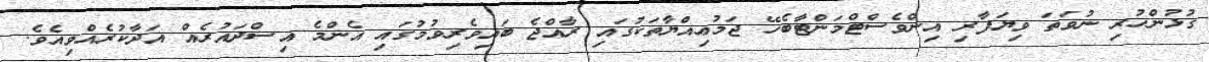
ގުޅުންހުރި ނުވަތަ ވިޔަފާރި އިންވެސްޓްމަންޓާބެހޭ ޖަމުޢިއްޔާތަކުގައި ރާއްޖެ ބައިވެރިވުމުގައި އެންމެ އިސްދައުރެއް އަދާކުރެއްވިއެވެ.